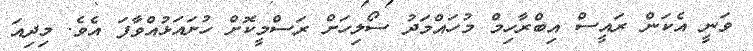
ވަނީ އެކަން ރައީސް އިބްރާހިމް މުހައްމަދު ސޯލިހަށް ރަސްމީކޮށް ހުށައަޅުއްވާފަ އެވެ. މިދިއަ